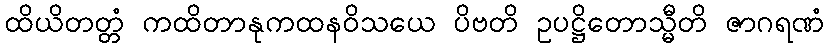
ထိယိတတ္တံ ကထိတာနုကထနဝိသယေ ပိဗတိ ဥပဋ္ဌိတောသ္မီတိ ဇာဂရဏံ